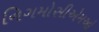
નિગમોસીએમઓ